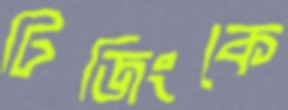
টিজিংকে